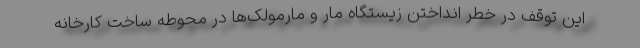
این توقف در خطر انداختن زیستگاه مار و مارمولک‌ها در محوطه ساخت کارخانه